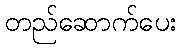
တည်ဆောက်ပေး